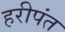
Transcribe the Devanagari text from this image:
हरीपंत